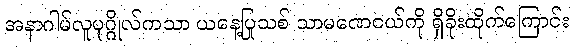
အနာဂါမ်လူပုဂ္ဂိုလ်ကသာ ယနေ့ပြုသစ် သာမဏေငယ်ကို ရှိခိုးထိုက်ကြောင်း